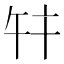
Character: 𢆏